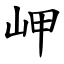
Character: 岬